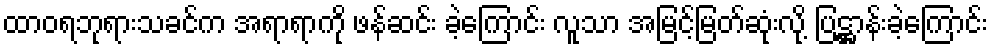
ထာဝရဘုရားသခင်က အရာရာကို ဖန်ဆင်း ခဲ့ကြောင်း လူသာ အမြင့်မြတ်ဆုံးလို့ ပြဋ္ဌာန်းခဲ့ကြောင်း